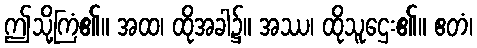
ဤသို့ကြံ၏။ အထ၊ ထိုအခါ၌။ အဿ၊ ထိုသူဌေး၏။ ဧတံ၊